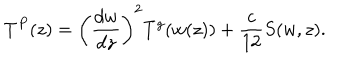
LaTeX: T ^ { P } ( z ) = \left( \frac { d w } { d z } \right) ^ { 2 } T ^ { g } ( w ( z ) ) + \frac { c } { 1 2 } S ( w , z ) .